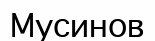
Мусинов